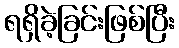
ရရှိခဲ့ခြင်းဖြစ်ပြီး